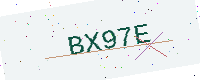
Text: BX97E